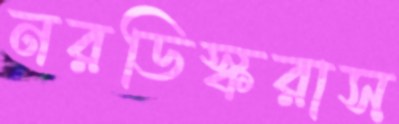
নরডিস্করাস